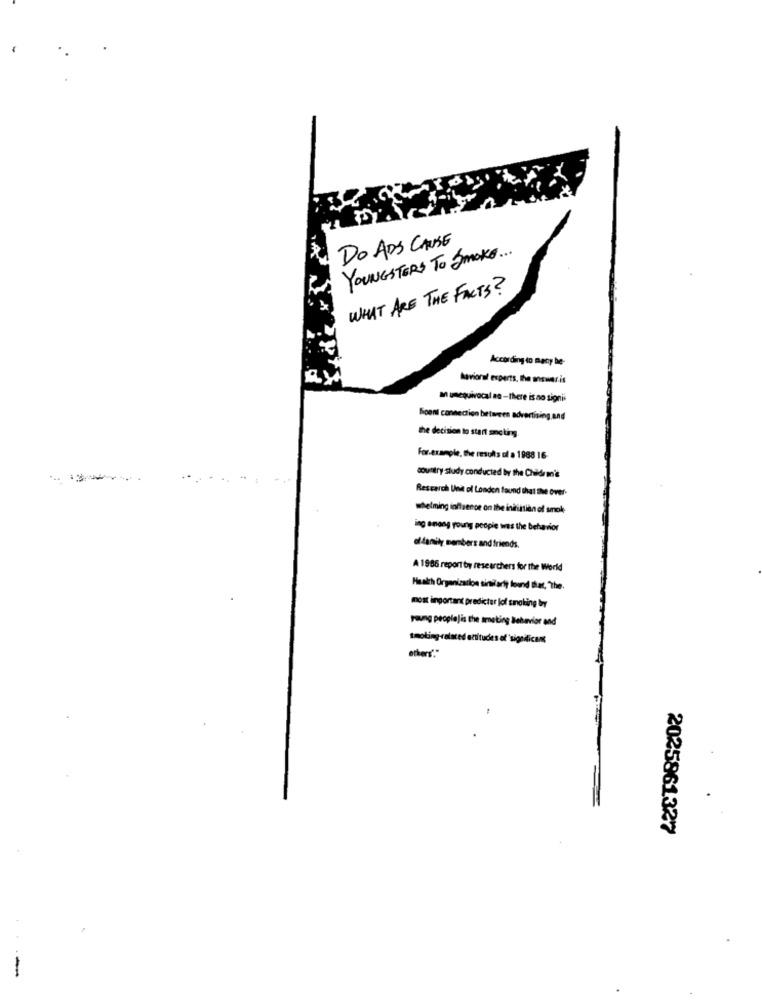
DO ADS CAUSE
YOUNGSTERS TO SMOKE ...
WHAT ARE THE FACTS?
According to mecy be-
haviorof experts, the answer.is
a unequivocal na -there is no signii
Sioen connection bir taneen advertising and
the decision to start snc ting
For example, the results of a 1988 16-
country study conducted by the Chuldr m'a
Research Und of London found that the over-
whelming influence on the initiation of smoke
ing among young people wit's the behavior
ol family members and friends.
A 1986 report by researchers for the World
Health Organization similarly found that, "the.
most important predictur lof sinolting boy
young peoplejis the treting Behavior and
tmoling-related attitudes of'significant
2025861327